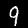
Label: 9